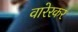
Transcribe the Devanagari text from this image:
वारेरकर